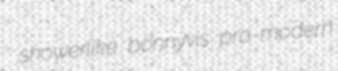
showerlike bonnyvis pro-modern